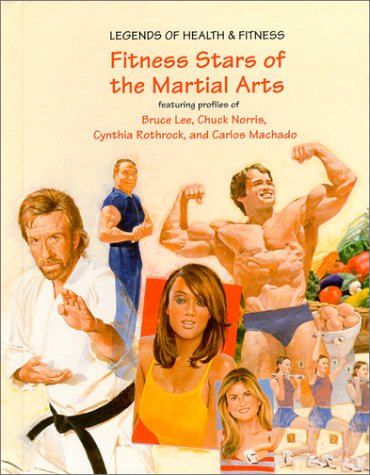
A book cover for Fitness Stars of the Martial Arts: Featuring Profiles of Bruce Lee, Chuck Norris, Cynthia Rothrock, and Carlos Machado (Legends of Health & Fitness); Susan Zannos; Teen & Young Adult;